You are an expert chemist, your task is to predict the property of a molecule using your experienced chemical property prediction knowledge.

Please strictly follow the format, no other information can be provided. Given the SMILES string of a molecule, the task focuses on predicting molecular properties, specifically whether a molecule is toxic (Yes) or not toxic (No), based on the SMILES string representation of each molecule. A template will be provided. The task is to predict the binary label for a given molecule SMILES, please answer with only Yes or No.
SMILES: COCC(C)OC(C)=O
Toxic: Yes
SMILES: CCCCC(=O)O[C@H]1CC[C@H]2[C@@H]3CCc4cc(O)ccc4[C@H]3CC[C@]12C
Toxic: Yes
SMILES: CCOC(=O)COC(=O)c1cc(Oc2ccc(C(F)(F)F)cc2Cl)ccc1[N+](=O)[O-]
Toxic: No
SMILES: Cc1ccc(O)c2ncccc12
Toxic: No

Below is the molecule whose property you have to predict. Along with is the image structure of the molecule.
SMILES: CCCn1cc[n+](C)c1.F[B-](F)(F)F
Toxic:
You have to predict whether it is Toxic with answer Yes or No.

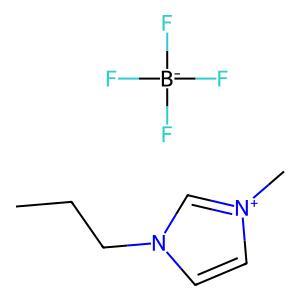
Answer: No